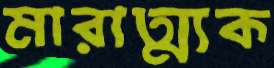
মারাত্ম্যক